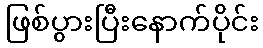
ဖြစ်ပွားပြီးနောက်ပိုင်း